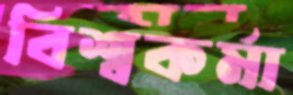
বিশ্বকর্মা